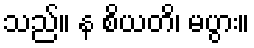
သည်။ န စိယတိ၊ မပွား။